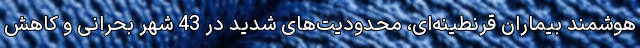
هوشمند بیماران قرنطینه‌ای، محدودیت‌های شدید در 43 شهر بحرانی و کاهش